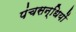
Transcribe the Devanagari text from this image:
पंचसन्धियों